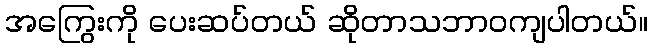
အကြွေးကို ပေးဆပ်တယ် ဆိုတာသဘာဝကျပါတယ်။